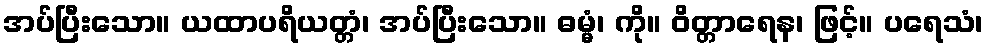
အပ်ပြီးသော။ ယထာပရိယတ္တံ၊ အပ်ပြီးသော။ ဓမ္မံ၊ ကို။ ဝိတ္တာရေန၊ ဖြင့်။ ပရေသံ၊